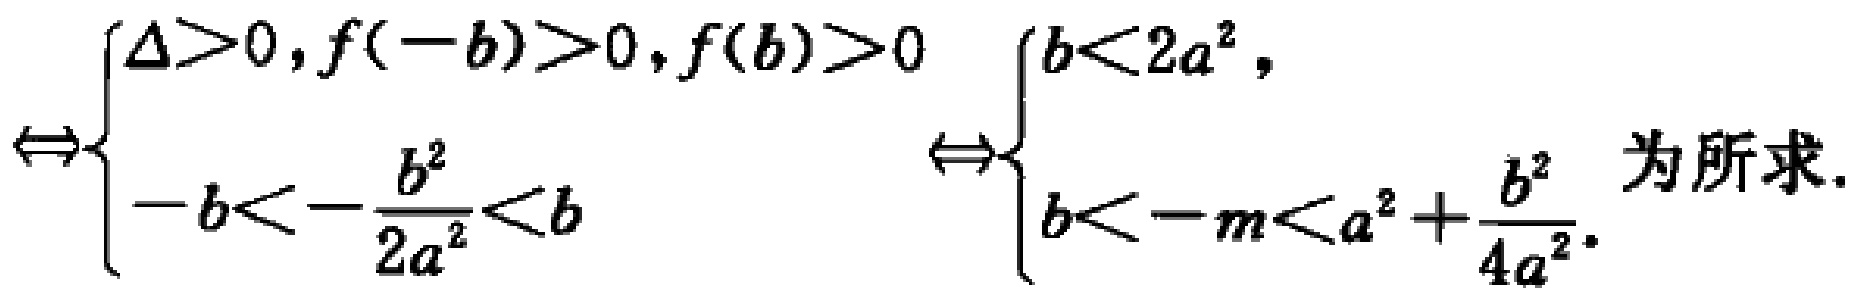
\[\Leftrightarrow\begin{cases}\Delta>0,f(-b)>0,f(b)>0\\-b<-\frac{b^{2}}{2a^{2}}<b\end{cases}\Leftrightarrow\begin{cases}b < 2a^{2},\\b < -m < a^{2}+\frac{b^{2}}{4a^{2}}.\end{cases}\text{ 为所求.}\]